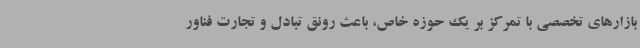
بازارهای تخصصی با تمرکز بر یک حوزه خاص، باعث رونق تبادل و تجارت فناور